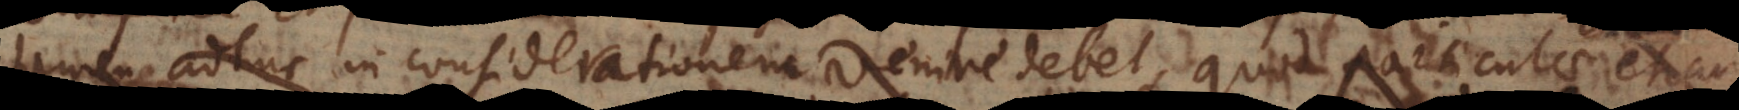
tamen adhuc in considerationem venire debet quod particulae etiam